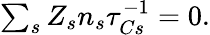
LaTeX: \begin{array}{r}{\sum_{s}Z_{s}n_{s}\tau_{Cs}^{-1}=0.}\end{array}